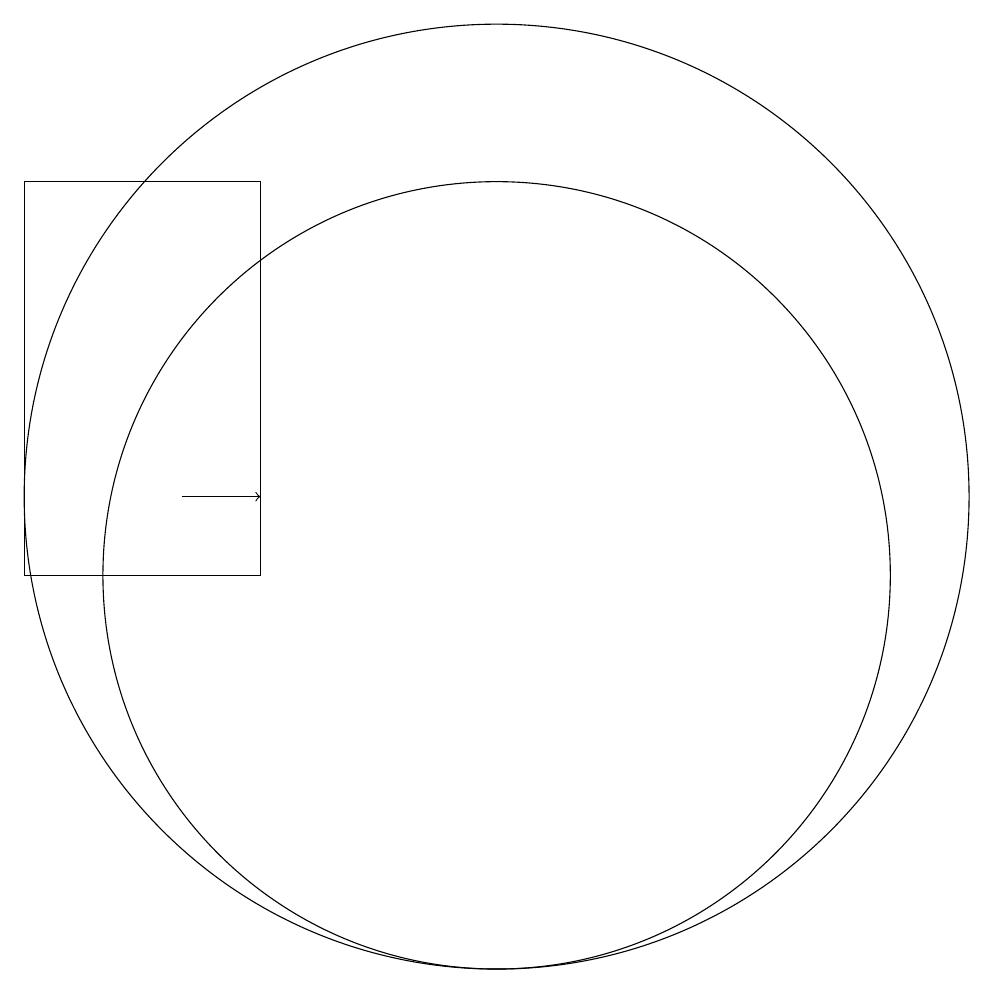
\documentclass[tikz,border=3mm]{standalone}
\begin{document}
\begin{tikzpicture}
\draw[->] (6,11) -- (7,11);
\draw (10,11) circle (6);
\draw (7,15) rectangle (4,10);
\draw (10,10) circle (5);
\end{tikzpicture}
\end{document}